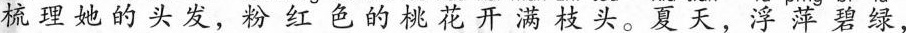
梳理她的头发，粉红色的桃花开满枝头。夏天，浮萍碧绿，